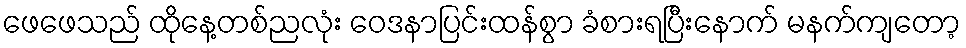
ဖေဖေသည် ထိုနေ့တစ်ညလုံး ဝေဒနာပြင်းထန်စွာ ခံစားရပြီးနောက် မနက်ကျတော့